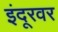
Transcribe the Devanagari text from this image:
इंदूरवर